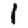
Digit: 1